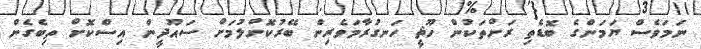
ނަމަވެސް ޔަމަންގެ ބޮޑެތި ރަށްތަކުން ހޫޘީ ހަނގުރާމަވެރިން ބޭރުކޮށްލުމަށް ސައޫދީން އިސްކޮށް ތިބެގެން